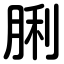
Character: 脷